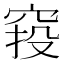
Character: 𥦆